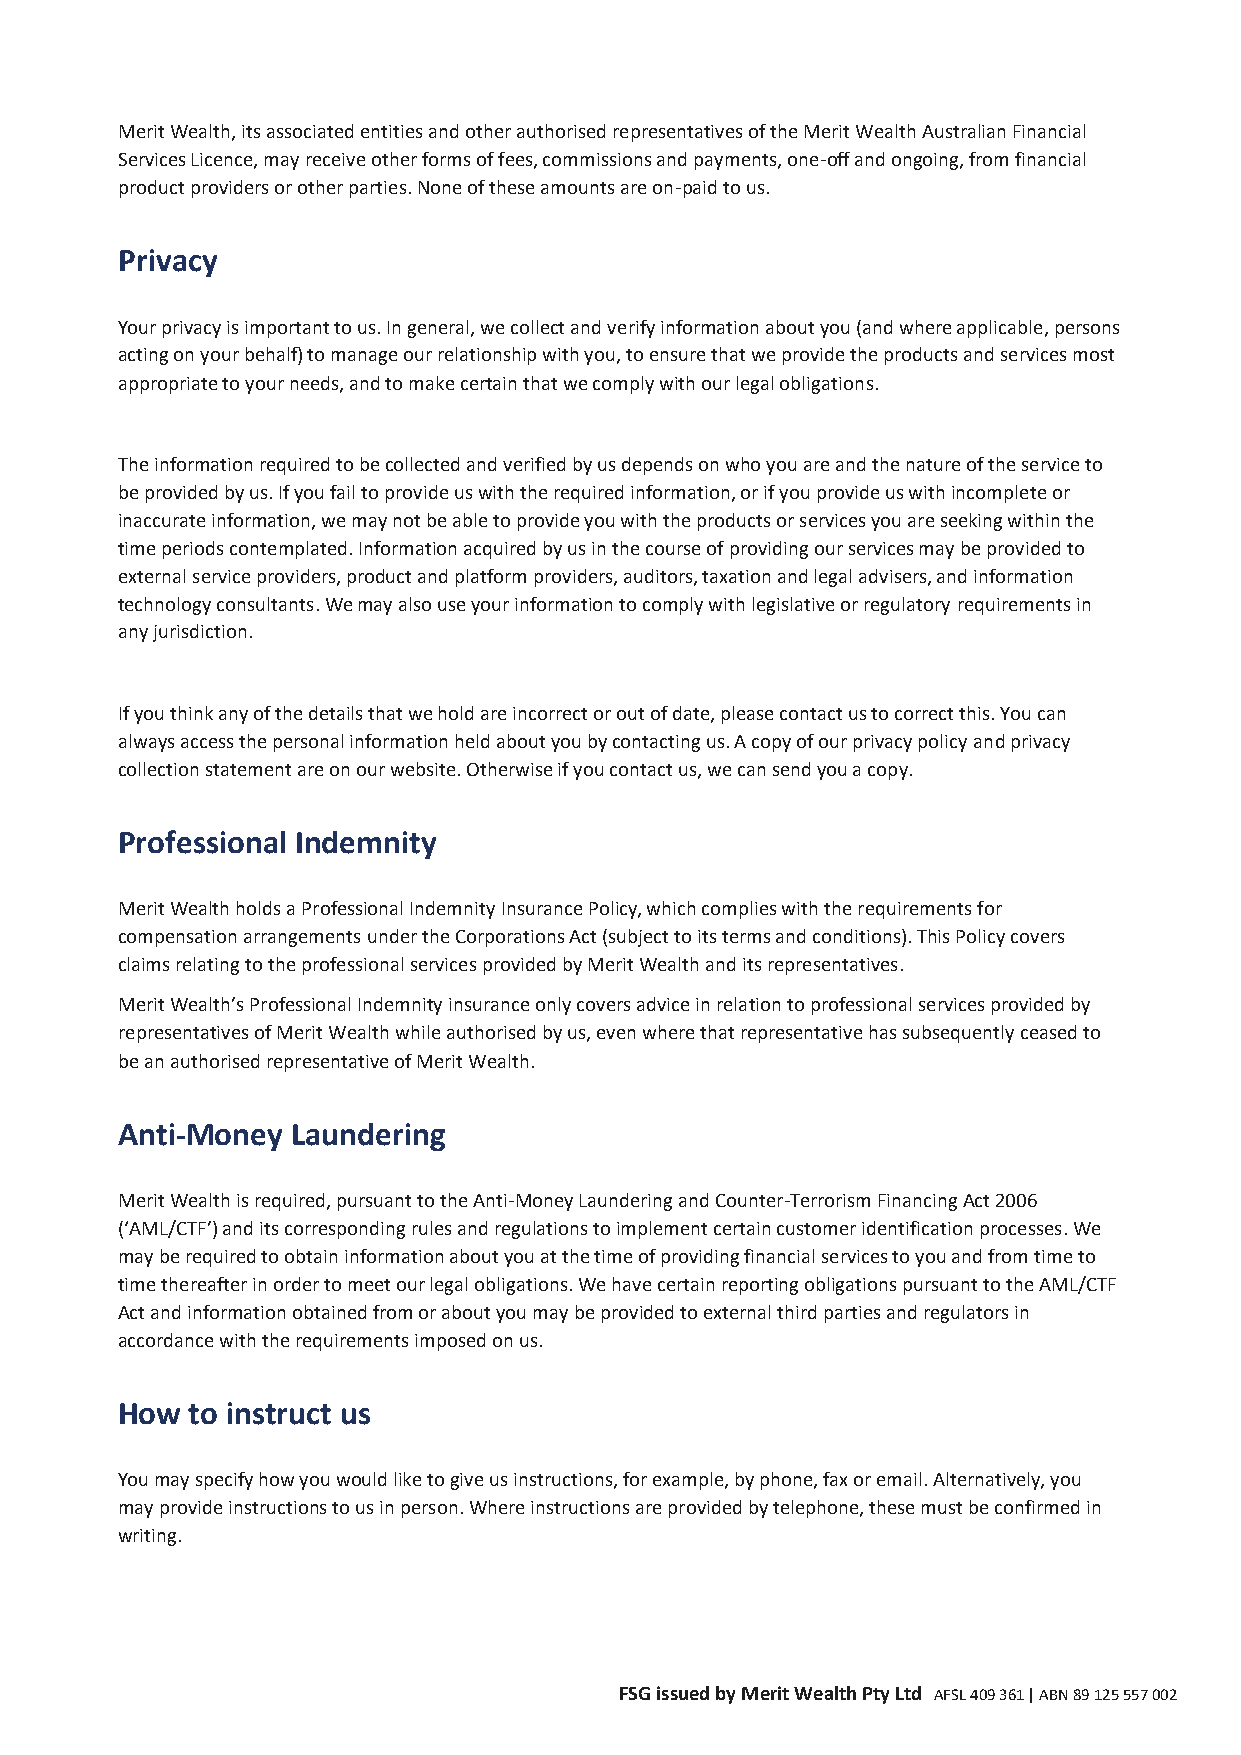
Merit Wealth, its associated entities and other authorised representatives of the Merit Wealth Australian Financial
 Services Licence, may receive other forms of fees, commissions and payments, one-off and ongoing, from financial
 product providers or other parties. None of these amounts are on-paid to us.
 Privacy
 Your privacy is important to us. In general, we collect and verify information about you (and where applicable, persons
 acting on your behalf) to manage our relationship with you, to ensure that we provide the products and services most
 appropriate to your needs, and to make certain that we comply with our legal obligations.
 The information required to be collected and verified by us depends on who you are and the nature of the service to
 be provided by us. If you fail to provide us with the required information, or if you provide us with incomplete or
 inaccurate information, we may not be able to provide you with the products or services you are seeking within the
 time periods contemplated. Information acquired by us in the course of providing our services may be provided to
 external service providers, product and platform providers, auditors, taxation and legal advisers, and information
 technology consultants. We may also use your information to comply with legislative or regulatory requirements in
 any jurisdiction.
 If you think any of the details that we hold are incorrect or out of date, please contact us to correct this. You can
 always access the personal information held about you by contacting us. A copy of our privacy policy and privacy
 collection statement are on our website. Otherwise if you contact us, we can send you a copy.
 Professional Indemnity
 Merit Wealth holds a Professional Indemnity Insurance Policy, which complies with the requirements for
 compensation arrangements under the Corporations Act (subject to its terms and conditions). This Policy covers
 claims relating to the professional services provided by Merit Wealth and its representatives.
 Merit Wealth’s Professional Indemnity insurance only covers advice in relation to professional services provided by
 representatives of Merit Wealth while authorised by us, even where that representative has subsequently ceased to
 be an authorised representative of Merit Wealth.
 Anti-Money Laundering
 Merit Wealth is required, pursuant to the Anti-Money Laundering and Counter-Terrorism Financing Act 2006
 (‘AML/CTF’) and its corresponding rules and regulations to implement certain customer identification processes. We
 may be required to obtain information about you at the time of providing financial services to you and from time to
 time thereafter in order to meet our legal obligations. We have certain reporting obligations pursuant to the AML/CTF
 Act and information obtained from or about you may be provided to external third parties and regulators in
 accordance with the requirements imposed on us.
 How  to instruct us
 You may specify how you would like to give us instructions, for example, by phone, fax or email. Alternatively, you
 may provide instructions to us in person. Where instructions are provided by telephone, these must be confirmed in
 writing.
 FSG issued by Merit Wealth Pty Ltd AFSL 409 361 | ABN 89 125 557 002